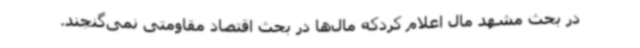
در بحث مشهد مال اعلام کردکه مال‌ها در بحث اقتصاد مقاومتی نمی‌گنجند.